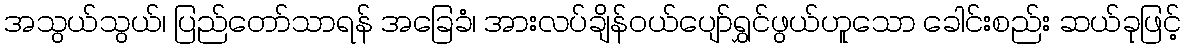
အသွယ်သွယ်၊ ပြည်တော်သာရန် အခြေခံ၊ အားလပ်ချိန်ဝယ်ပျော်ရွှင်ဖွယ်ဟူသော ခေါင်းစည်း ဆယ်ခုဖြင့်